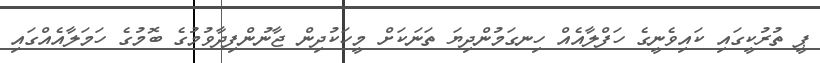
ޕީ ތުރުކީގައި ކައިވެނީގެ ހަފްލާއެއް ހިނގަމުންދިޔަ ތަނަކަށް މީހަކުދިން ޖާނުންފިދާވުމުގެ ބޮމުގެ ހަމަލާއެއްގައި